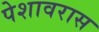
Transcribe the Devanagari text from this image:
पेशावरास